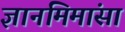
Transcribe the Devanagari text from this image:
ज्ञानमिमांसा